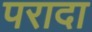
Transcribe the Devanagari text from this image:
परादा